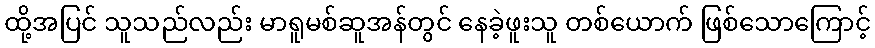
ထို့အပြင် သူသည်လည်း မာရူမစ်ဆူအန်တွင် နေခဲ့ဖူးသူ တစ်ယောက် ဖြစ်သောကြောင့်